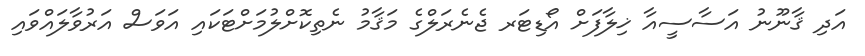
އަދި ޤާނޫނު އަސާސީއާ ޚިލާފަށް އޯޑިޓަރ ޖެނެރަލްގެ މަޤާމު ނެތިކޮށްލުމަށްޓަކައި އަވަސް އަރުވާލައްވައި